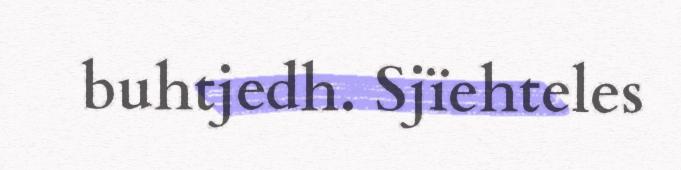
buhtjedh. Sjïehteles